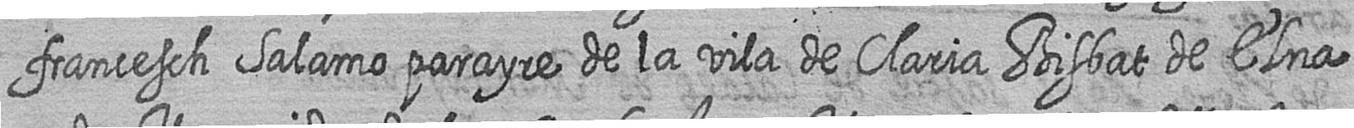
francesch Salamo parayre de la vila de Claria Bisbat de Elna